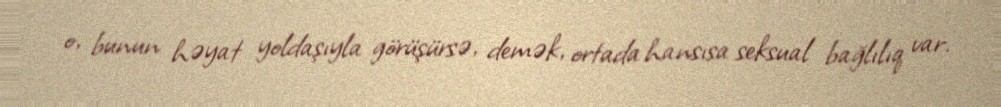
o, bunun həyat yoldaşıyla görüşürsə, demək, ortada hansısa seksual bağlılıq var.